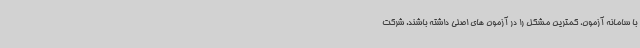
با سامانه آزمون، کمترین مشکل را در آزمون های اصلی داشته باشند. شرکت